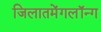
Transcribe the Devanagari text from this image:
जिलातमेंगलॉन्ग